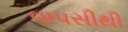
વાપસીથી